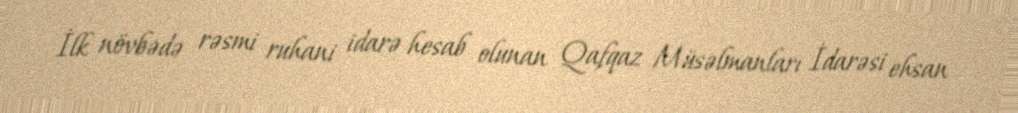
İlk növbədə rəsmi ruhani idarə hesab olunan Qafqaz Müsəlmanları İdarəsi ehsan